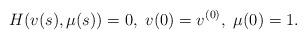
LaTeX: \begin{align*}H (v(s),\mu (s))=0, \ v(0)=v^{(0)}, \ \mu(0)=1.\end{align*}